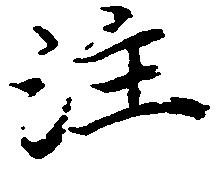
注